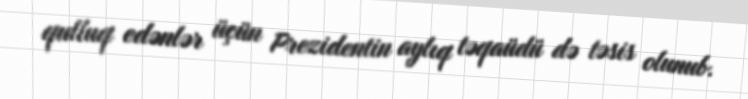
qulluq edənlər üçün Prezidentin aylıq təqaüdü də təsis olunub.